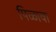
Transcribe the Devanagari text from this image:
पिळावा